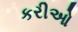
કરીઓ